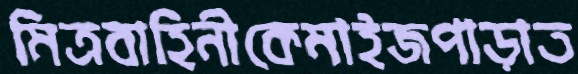
মিত্রবাহিনীকেমাইজপাড়াত